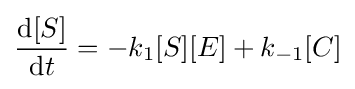
{\frac {{\text{d}}[S]}{{\text{d}}t}}=-k_{1}[S][E]+k_{-1}[C]